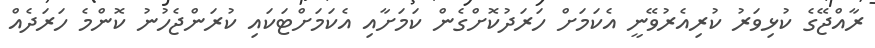
ރާއްޖޭގެ ކުޅިވަރު ކުރިއެރުވޭނީ އެކަމަށް ހަރަދުކޮށްގެން ކަމަށާއި އެކަމަށްޓަކައި ކުރަންޖެހުނު ކޮންމެ ހަރަދެއް